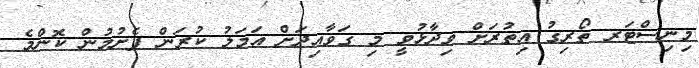
މިނިސްޓަރ ތޯރިގު އިތުރަށް ވިދާޅުވީ މި ގަވާއިދަށް އަމަލު ކުރަން ފެށުމުން ކޮންމެ